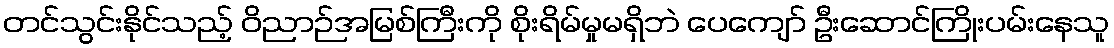
တင်သွင်းနိုင်သည့် ဝိညာဉ်အမြစ်ကြီးကို စိုးရိမ်မှုမရှိဘဲ ပေကျော် ဦးဆောင်ကြိုးပမ်းနေသူ